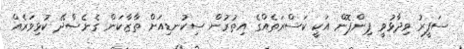
ސަފީރު ވިދާޅުވީ ޕިންޕޮން އަކީ ކަސްރަތެއްގެ އިތުރުން ސިކުނޑިއަށް ތާޒާކަން ގެނެސްދޭ ކުޅިވަރެއް